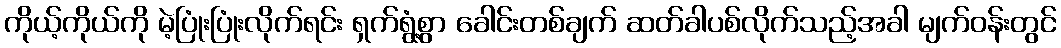
ကိုယ့်ကိုယ်ကို မဲ့ပြုံးပြုံးလိုက်ရင်း ရှက်ရွံ့စွာ ခေါင်းတစ်ချက် ဆတ်ခါပစ်လိုက်သည့်အခါ မျက်ဝန်းတွင်